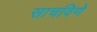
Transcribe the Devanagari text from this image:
साचविणे